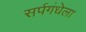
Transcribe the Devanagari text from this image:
सर्पगंधेला